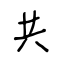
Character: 共